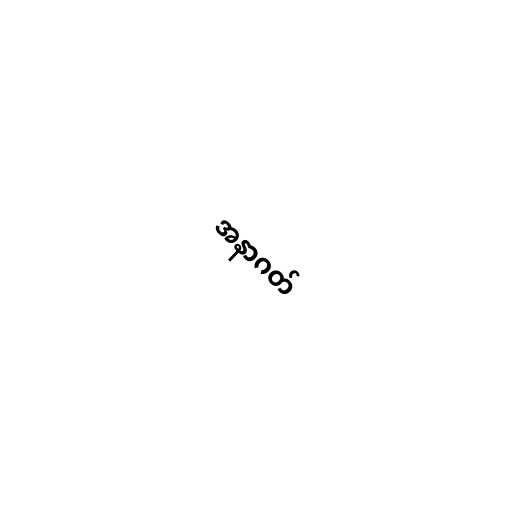
အနာဂတ်